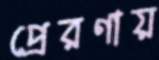
প্রেরণায়